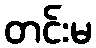
တင်းမ